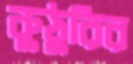
কুঠুরির